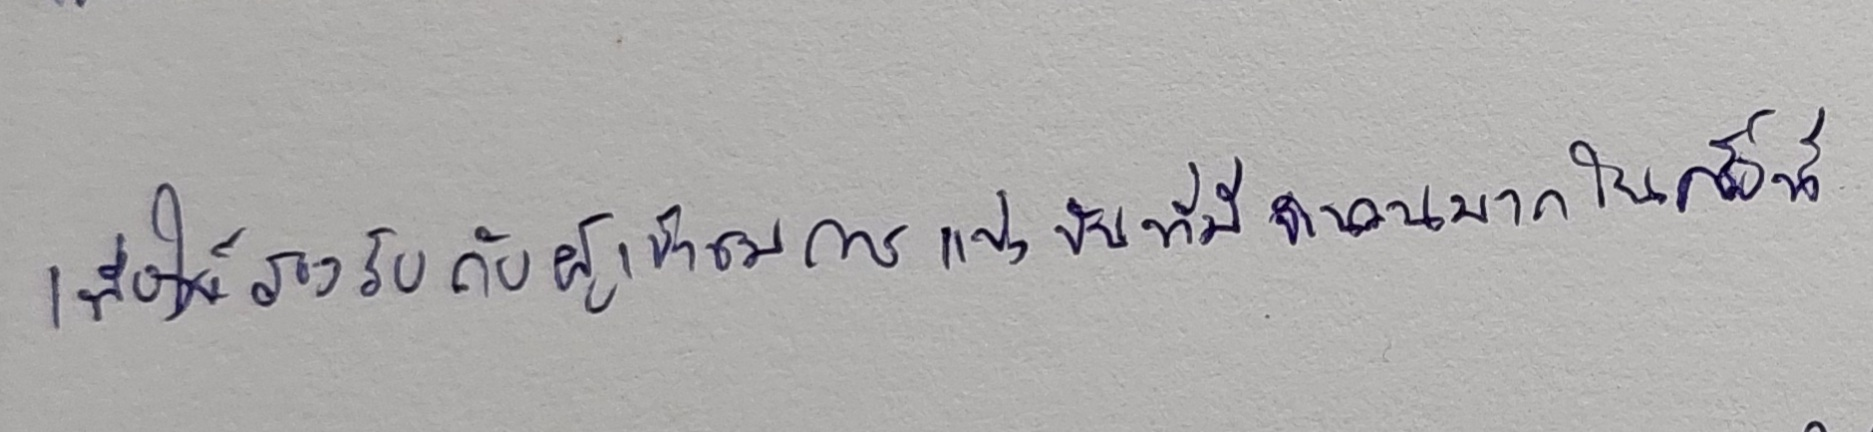
เพื่อให้รองรับกับผู้เข้าชมการแข่งขันที่มีจำนวนมากในครั้งนี้